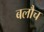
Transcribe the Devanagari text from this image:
बलौच